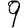
Digit: 9